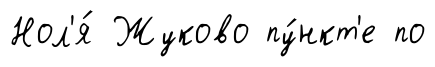
Нол'я́ Жуково пу́нкт'е по